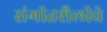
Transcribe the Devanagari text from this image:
संगीतशैलीचे